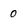
Character: 0